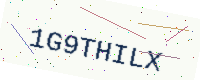
Text: 1G9THILX